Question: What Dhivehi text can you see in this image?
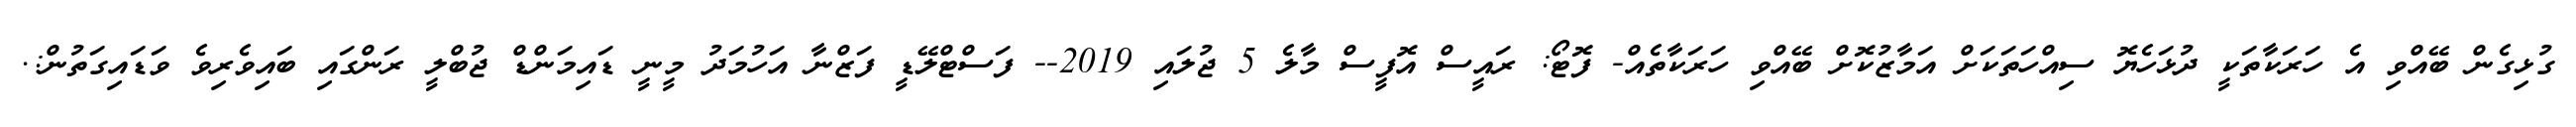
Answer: ގުޅިގެން ބޭއްވި އެ ހަރަކާތަކީ ދުޅަހެޔޮ ސިއްހަތަކަށް އަމާޒުކޮށް ބޭއްވި ހަރަކާތެއް- ފޮޓޯ: ރައީސް އޮފީސް މާލެ 5 ޖުލައި 2019-- ފަސްޓްލޭޑީ ފަޒްނާ އަހުމަދު މީނީ ޑައިމަންޑް ޖުބްލީ ރަންގައި ބައިވެރިވެ ވަޑައިގަތުން:.